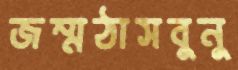
জম্মঠাসবুনু